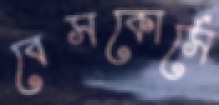
বেসকোর্সে